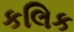
કલિક